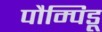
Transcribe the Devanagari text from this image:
पौम्पिडू